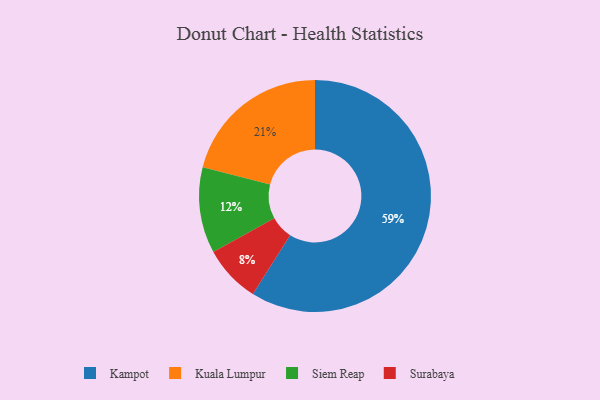
{"axis": {"x": "Category", "y": "Percentage"}, "legend": ["Kampot", "Kuala Lumpur", "Siem Reap", "Surabaya"], "data": [{"x": "Kuala Lumpur", "y": 21, "type": "Kuala Lumpur"}, {"x": "Surabaya", "y": 8, "type": "Surabaya"}, {"x": "Kampot", "y": 59, "type": "Kampot"}, {"x": "Siem Reap", "y": 12, "type": "Siem Reap"}]}